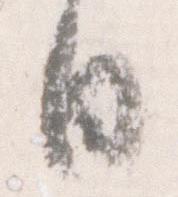
日